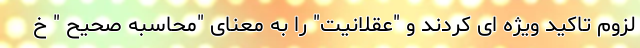
لزوم تاکید ویژه ای کردند و "عقلانیت" را به معنای "محاسبه صحیح " خ